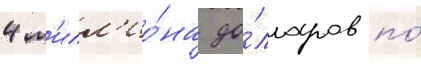
4 м'илл'ио́на до́лларов по́